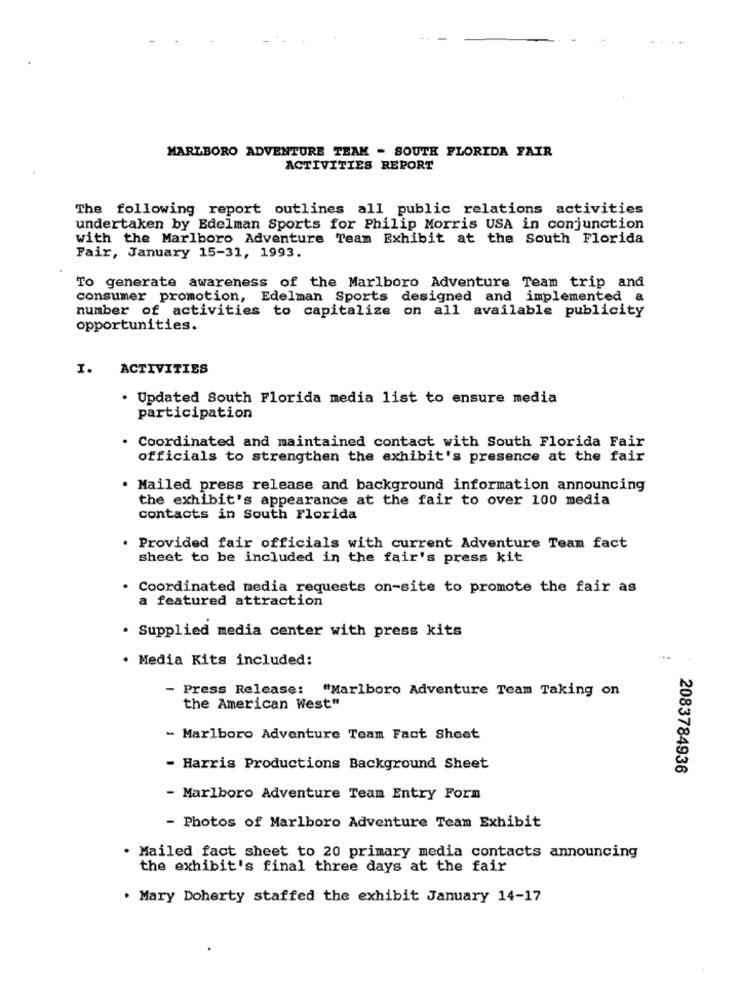
MARLBORO ADVENTURE TEAM - SOUTH FLORIDA FAIR
ACTIVITIES REPORT
The following report outlines all public relations activities
undertaken by Edelman Sports for Philip Morris USA in conjunction
with the Marlboro Adventure Team Exhibit at the South Florida
Fair, January 15-31, 1993.
To generate awareness of the Marlboro Adventure Team trip and
consumer promotion, Edelman Sports designed and implemented a
number of activities to capitalize on all available publicity
opportunities.
1.
ACTIVITIES
. Updated South Florida media list to ensure media
participation
· Coordinated and maintained contact with South Florida Fair
officials to strengthen the exhibit's presence at the fair
. Mailed press release and background information announcing
the exhibit's appearance at the fair to over 100 media
contacts in South Florida
· Provided fair officials with current Adventure Team fact
sheet to be included in the fair's press kit
· Coordinated media requests on-site to promote the fair as
a featured attraction
. Supplied media center with press kits
· Media Kits included:
- Press Release: "Marlboro Adventure Team Taking on
the American West"
- Marlboro Adventure Team Fact Sheet
- Harris Productions Background Sheet
2083784936
- Marlboro Adventure Team Entry Forn
- Photos of Marlboro Adventure Team Exhibit
. Mailed fact sheet to 20 primary media contacts announcing
the exhibit's final three days at the fair
. Mary Doherty staffed the exhibit January 14-17